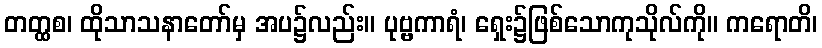
တတ္ထစ၊ ထိုသာသနာတော်မှ အပ၌လည်း။ ပုဗ္ဗကာရံ၊ ရှေး၌ဖြစ်သောကုသိုလ်ကို။ ကရောတိ၊